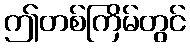
ဤတစ်ကြိမ်တွင်